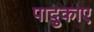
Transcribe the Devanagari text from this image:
पादुकाए